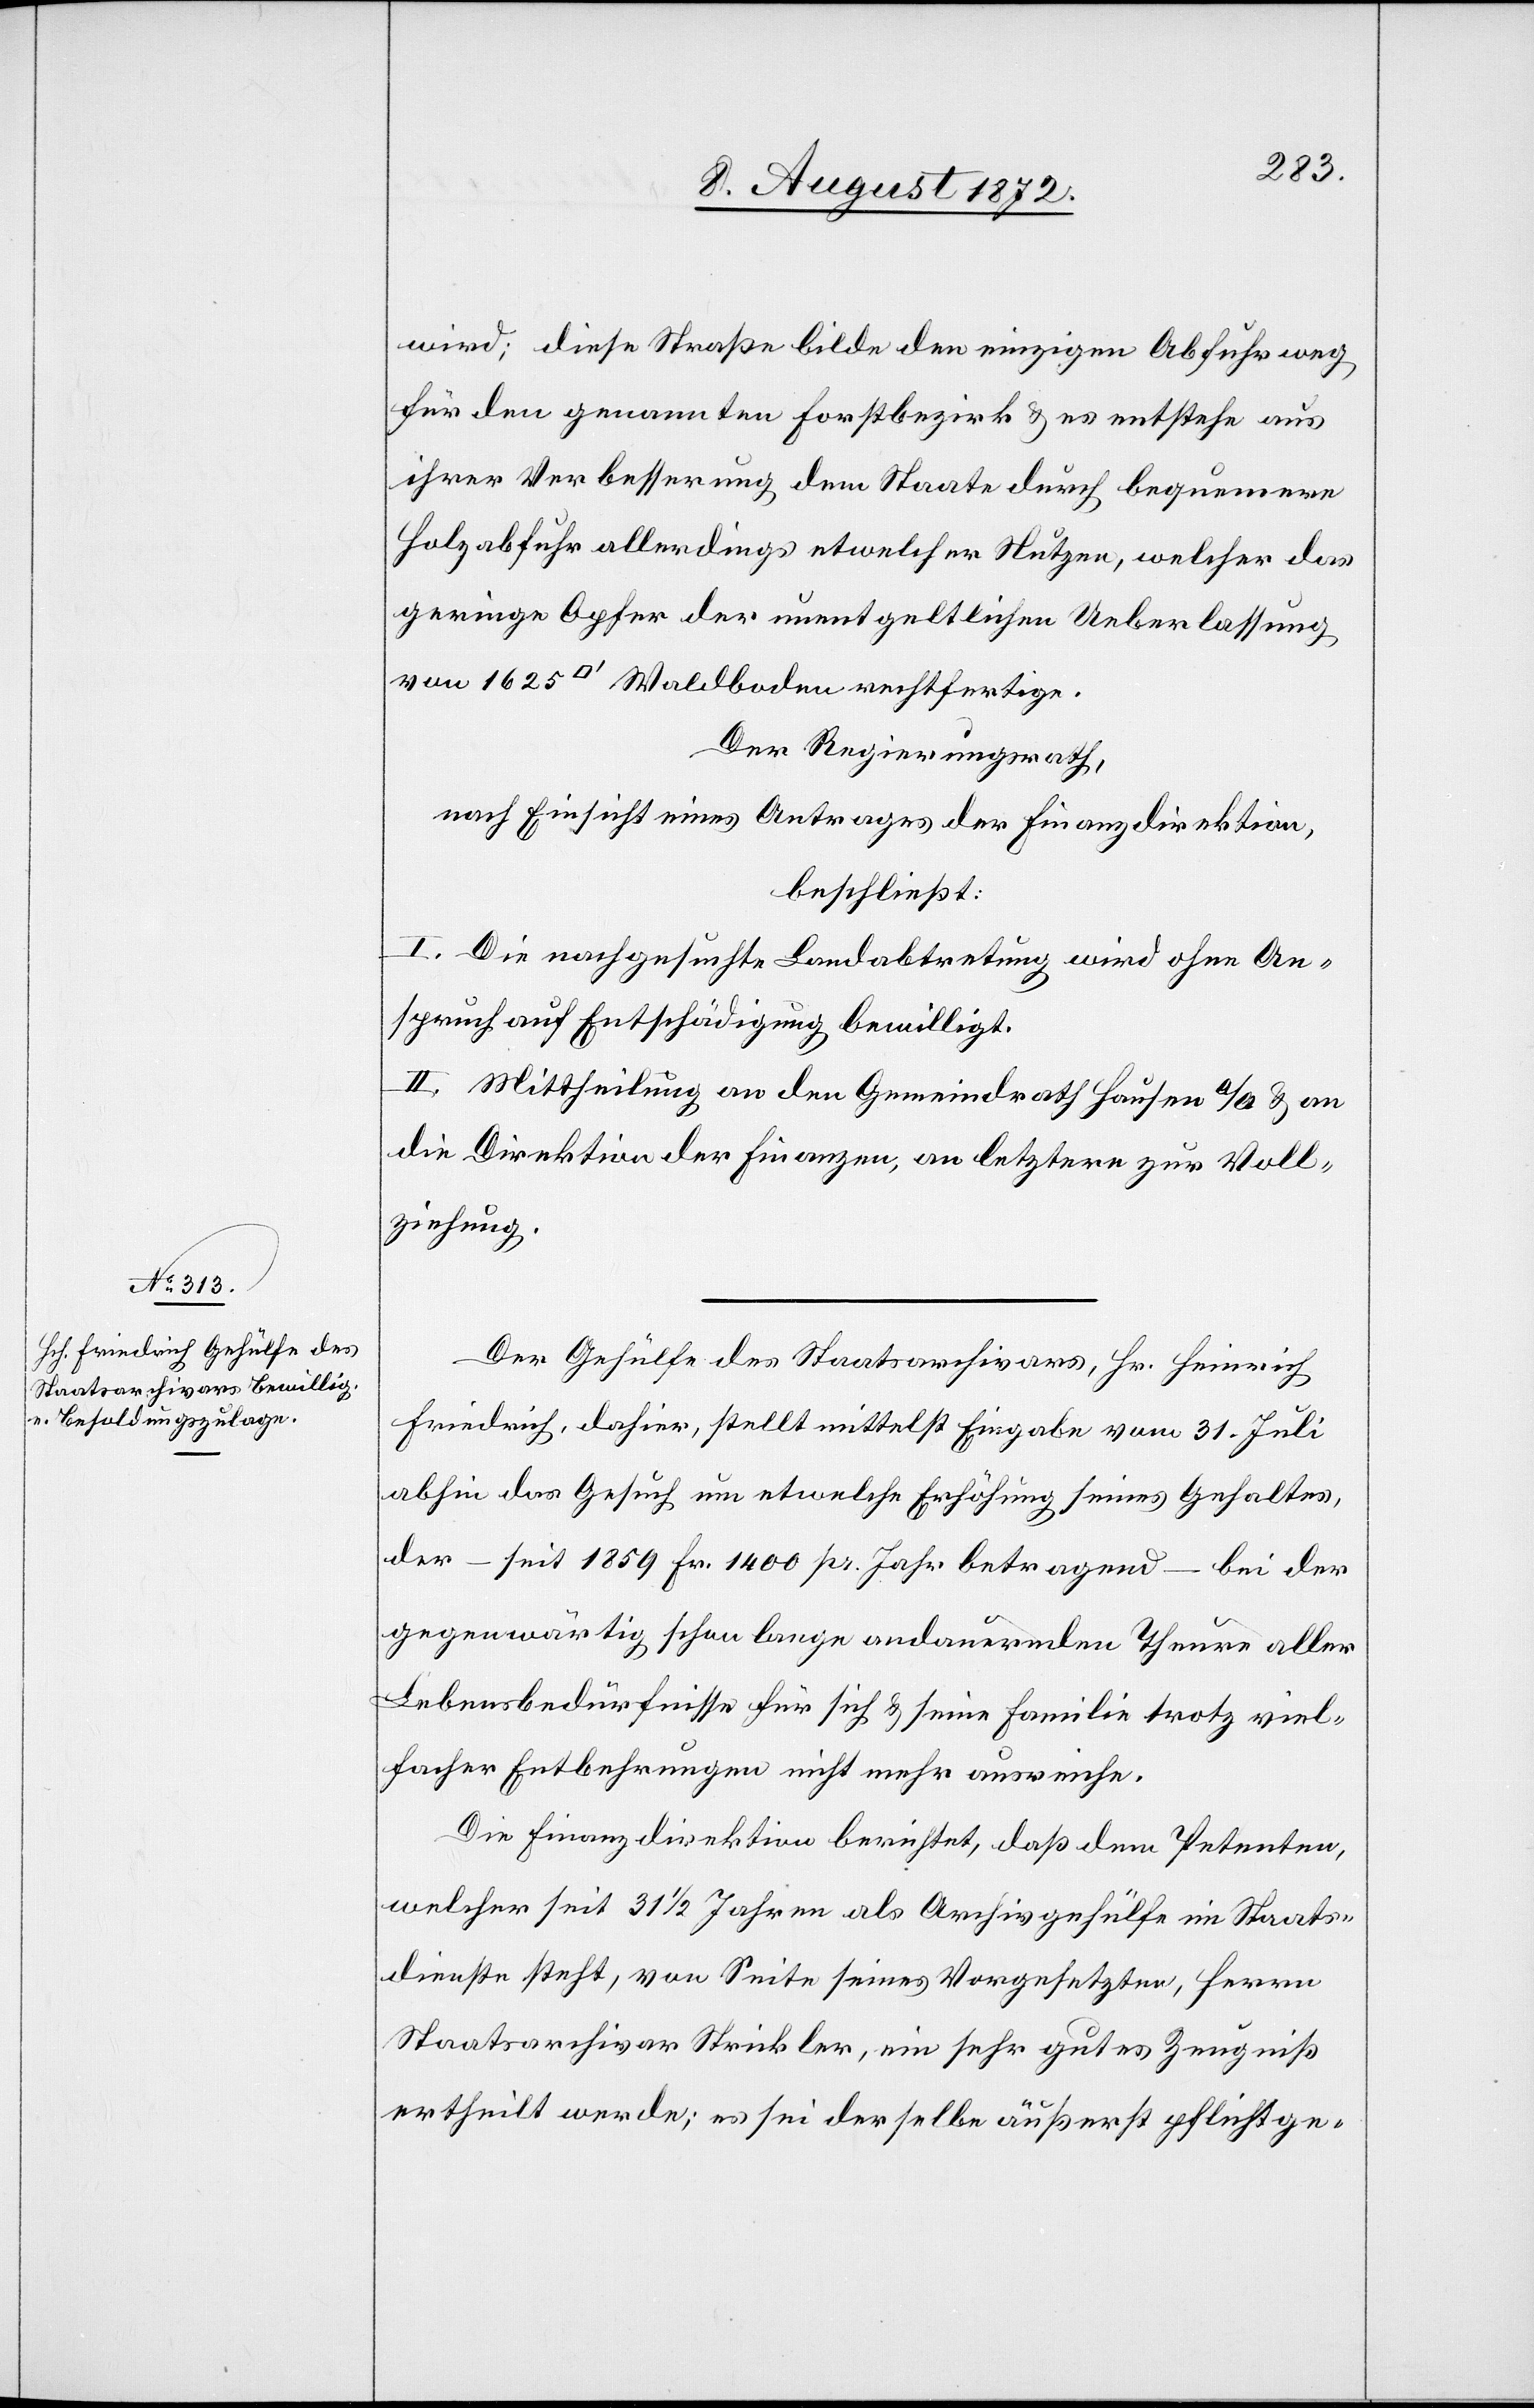
wird; diese Straße bilde den einzigen Abfuhrweg
für den genannten Forstbezirk u. es entstehe aus
ihrer Verbesserung dem Staate durch bequemere
Holzabfuhr allerdings etwelcher Nutzen, welcher das
geringe Opfer der unentgeltlichen Ueberlassung
Der Regierungsrath,
nach Einsicht eines Antrages der Finanzdirektion,
beschließt:
I. Die nachgesuchte Landabtretung wird ohne An¬
spruch auf Entschädigung bewilligt.
II. Mittheilung an den Gemeindrath Hausen a/A u. an
die Direktion der Finanzen, an letztere zur Voll¬
ziehung.
Der Gehülfe des Staatsarchivars, Hr. Heinrich
Friedrich, dahier, stellt mittelst Eingabe vom 31. Juli
abhin das Gesuch um etwelche Erhöhung seines Gehaltes,
der – seit 1859 Fr. 1400 pr. Jahr betragend – bei der
gegenwärtig schon lange andauernden Theure aller
Lebensbedürfnisse für sich u. seine Familie trotz viel¬
facher Entbehrungen nicht mehr ausreiche.
Die Finanzdirektion berichtet, daß dem Petenten,
welcher seit 31 1/2 Jahren als Archivgehülfe im Staats¬
dienste steht, von Seite seines Vorgesetzen, Herrn
Staatsarchivar Strickler, ein sehr gutes Zeugniß
ertheilt werde; es sei derselbe äußerst pflichtge-